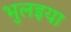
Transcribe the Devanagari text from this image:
भुलइया